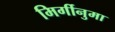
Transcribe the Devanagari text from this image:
मिर्गीनुमा